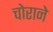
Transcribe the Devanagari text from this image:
चोराने